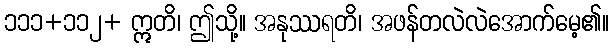
၁၁၁+၁၁၂+ ဣတိ၊ ဤသို့။ အနုဿရတိ၊ အဖန်တလဲလဲအောက်မေ့၏။